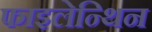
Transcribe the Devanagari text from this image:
फाइलेन्थिन